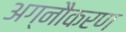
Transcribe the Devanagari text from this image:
अग्नौकरण